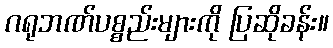
ဂရုဘဏ်ပစ္စည်းများကို ပြဆိုခန်း။